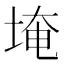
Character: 埯